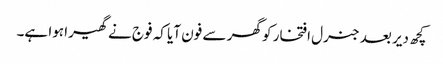
کچھ دیر بعد جنرل افتخار کو گھر سے فون آیا کہ فوج نے گھیرا ہوا ہے۔